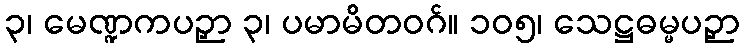
၃၊ မေဏ္ဍကပဉှာ ၃၊ ပမာမိတဝဂ်။ ၁၀၅၊ သေဋ္ဌဓမ္မပဉှာ